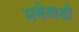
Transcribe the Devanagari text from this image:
मसेवाडी